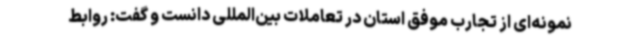
نمونه‌ای از تجارب موفق استان در تعاملات بین‌المللی دانست و گفت: روابط